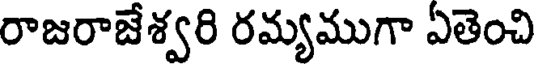
రాజరాజేశ్వరి రమ్యముగా ఏతెంచి